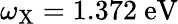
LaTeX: \omega_{\mathrm{{X}}}=1.372~\mathrm{{eV}}